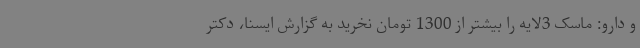
و دارو: ماسک 3لایه را بیشتر از 1300 تومان نخرید به گزارش ایسنا، دکتر